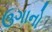
ઉગાનો